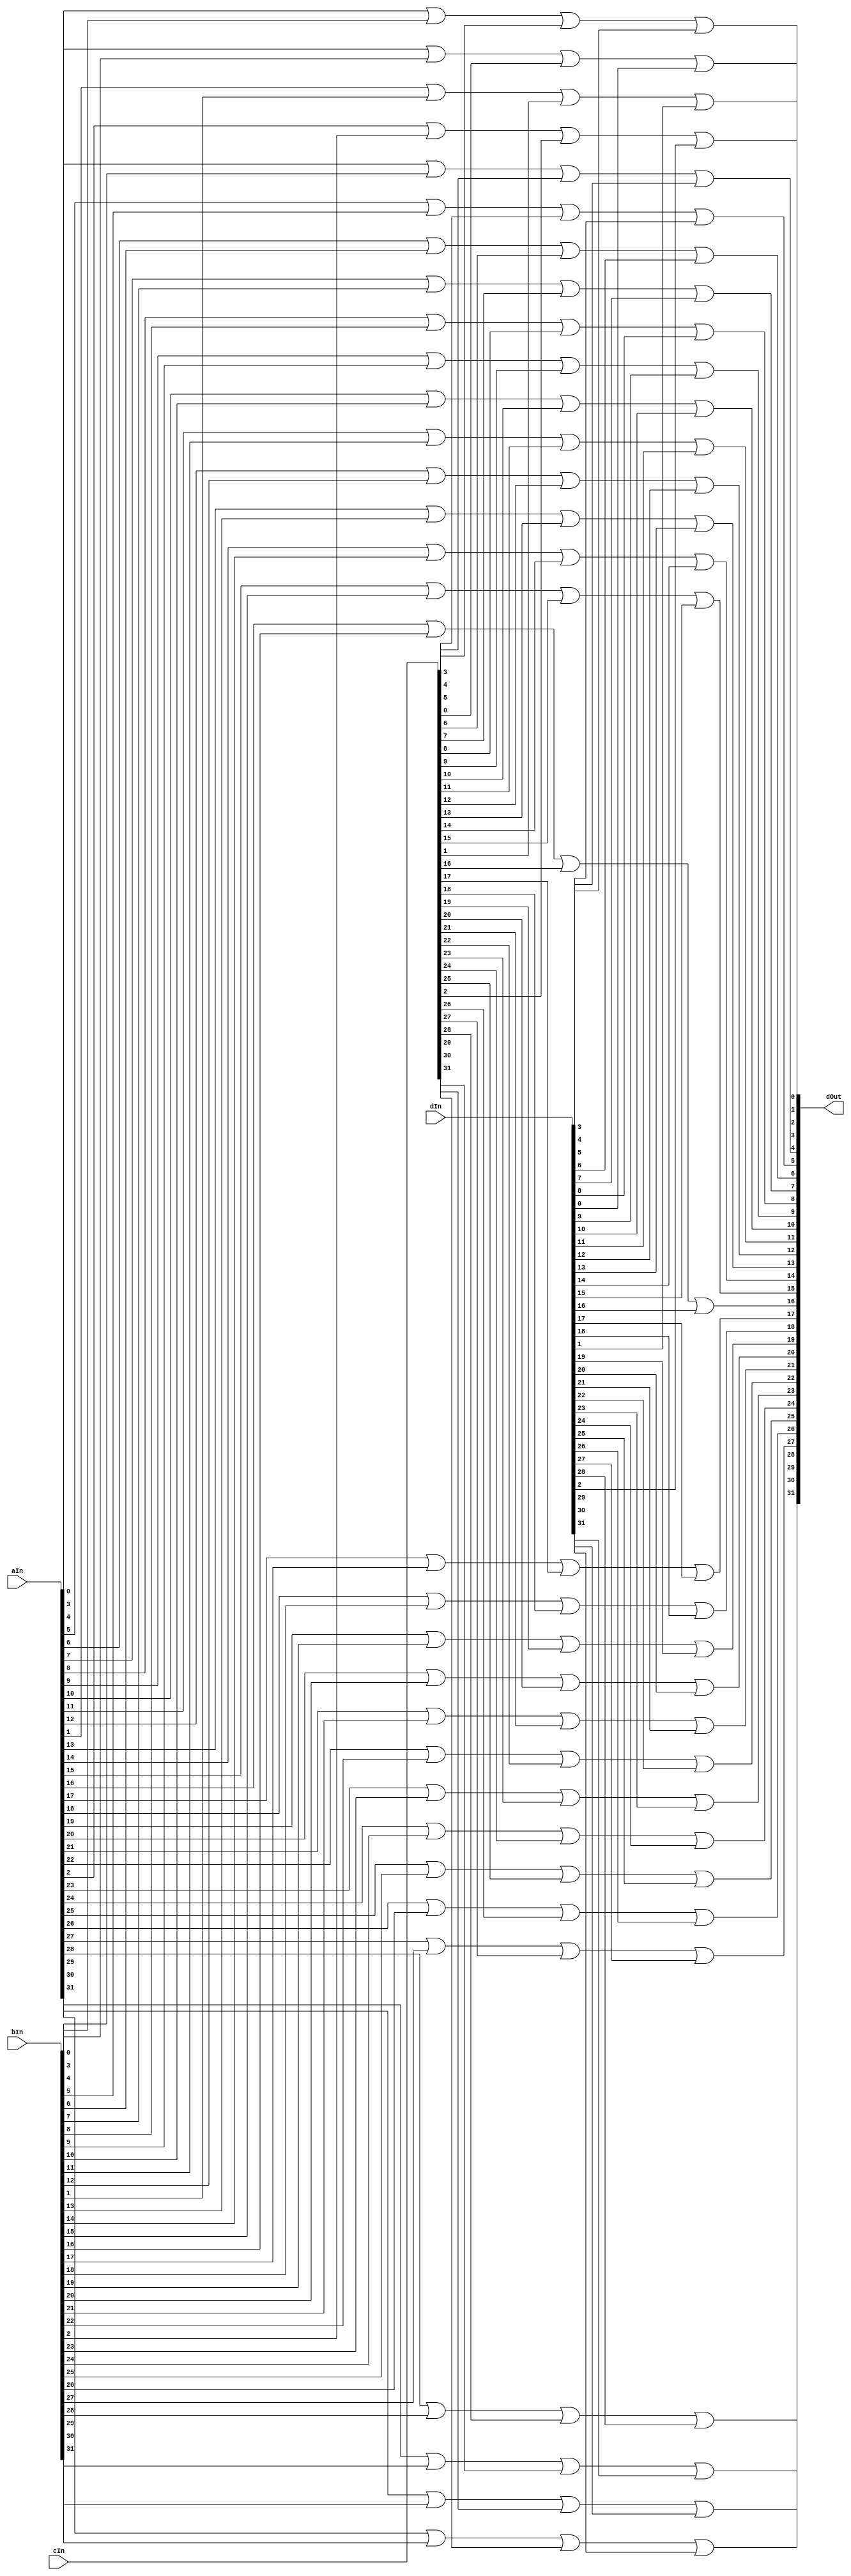
`timescale 1ns / 1ps
//////////////////////////////////////////////////////////////////////////////////
// Company: 
// Engineer: 
// 
// Design Name: 
// Module Name: Or32B4Way
// Project Name: 
// Target Devices: 
// Tool Versions: 
// Description: 
// 
// Dependencies: 
// 
// Revision:
// Revision 0.01 - File Created
// Additional Comments:
// 
//////////////////////////////////////////////////////////////////////////////////


module Or32B4Way(
    input [31:0] aIn,
    input [31:0] bIn,
    input [31:0] cIn,
    input [31:0] dIn,
    output [31:0] dOut
  );
  
  // Or all 0th bits, 1st bits, etc... bits together so register inputs don't have
  //   multiple drivers
  genvar i;
  generate
  for (i = 0; i < 32; i = i + 1) begin : or32loop
    assign dOut[i] = aIn[i] | bIn[i] | cIn[i] | dIn[i];          
  end                   
  endgenerate
  
endmodule